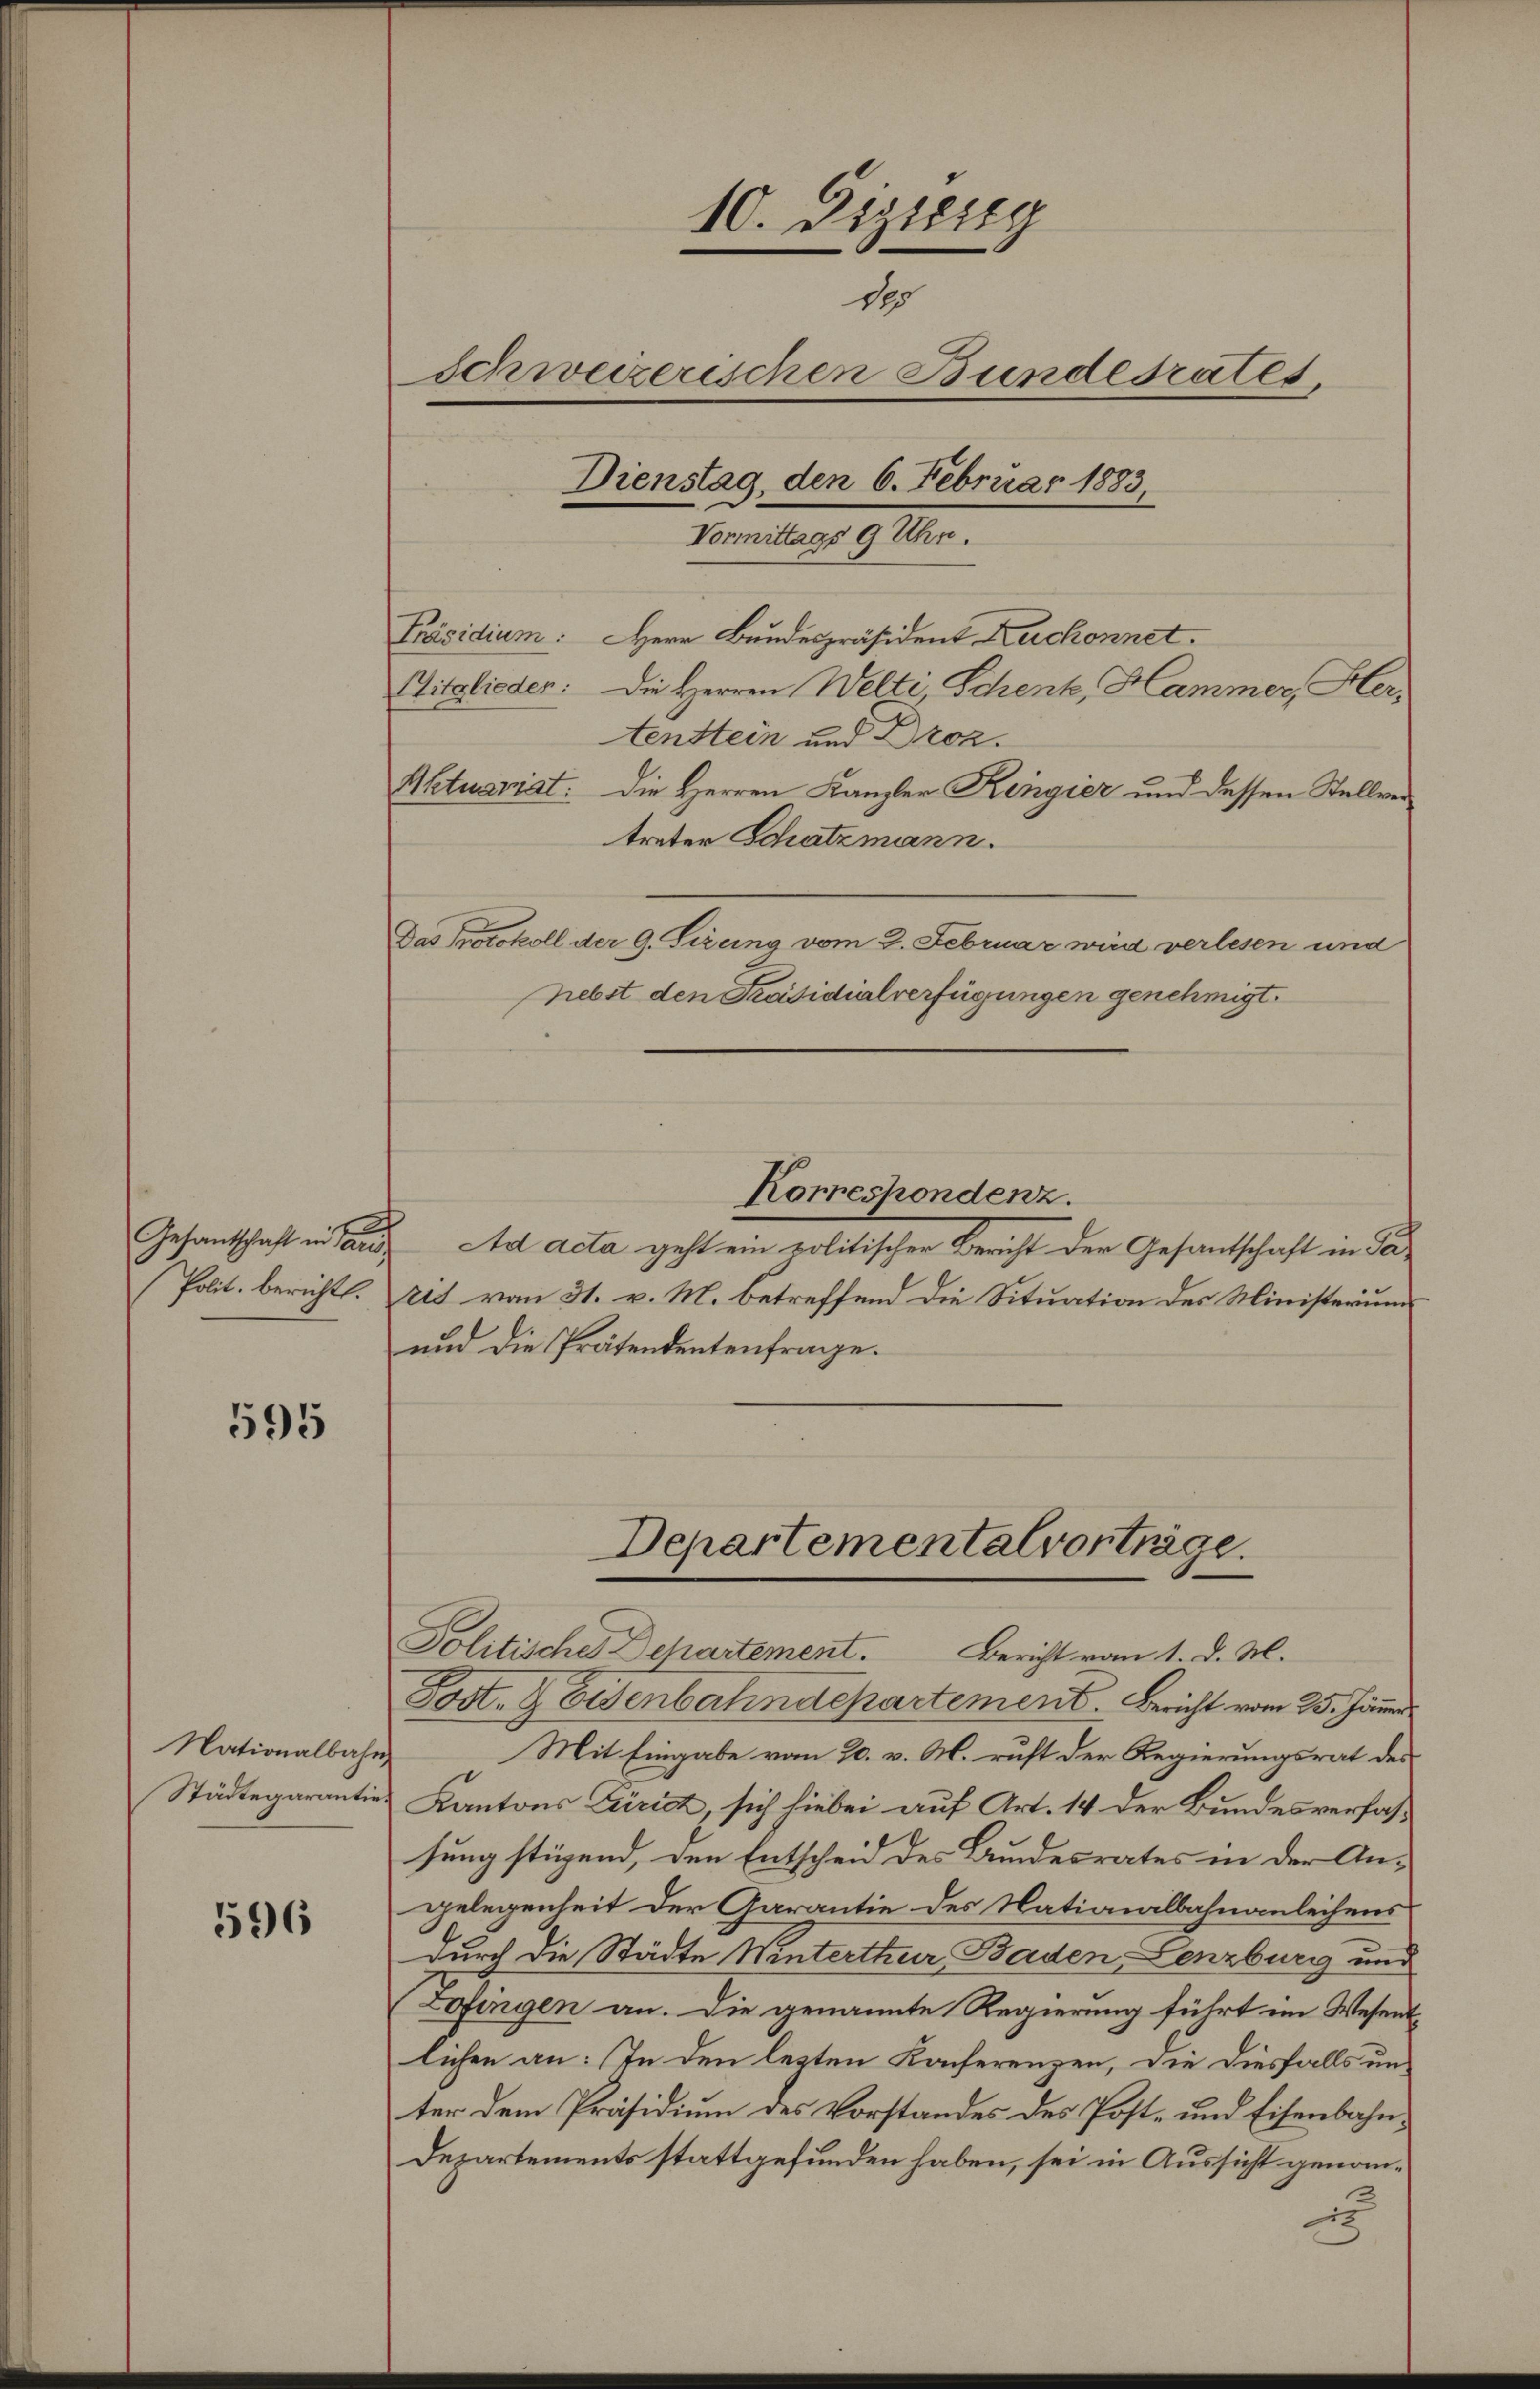
Gesandtschaft in Paris.
Polit. berichtl.

595

Nationalbahn,
Städtegarantie.

596

10. Dizierg
15
Schweizerischen Bundesrates
Dienstag, den 6. Februar 1883
Vormittags 9 Uhr.
Präsidium. Herr Bundespräsident Zuckonnet.
Mitglieder: Die Herren Welti, Schenk, Hammer, Her-
tenstein und Droz.
Aktuariat. Die Herren Kanzler Ringier und dessen Stellvertreter Schatzmann.

Korrespondenz.
Ad acta geht ein politischer Bericht der Gesantschaft in Ta
ris vom 31. v. M. betreffend die Situation des Ministerum
und die Prätendentenfrage.
Departementalvorträge.
Politisches Departement. Bericht vom 1. d. M.
Post- & Eisenbahndepartement. Bericht vom 25. Jänn
Mit Eingabe vom 20. v. M. richt der Regierungsrat des
Kantons Zürich, sich hiebei auf Art. 14 der Bundesverfassung stügend, den Entscheid des Bundesrates in der Angelegenheit der Garantie des Nationalbahnanleihens
durch die Städte Winterthur Baden, Lenzburg und
Zofingen an. Die genannte Regierung führt im Wesens
lichen an: In den lezten Konferenzen, die diesfalls unter dem Präsidium des Vorstandes des Post- und Eisenbahn¬
Departements stattgefunden haben, sei in Aussicht genom¬
22

Das Protokoll der 9. Sirung vom 2. Februar wird verlesen und

hebst den Präsidialverfügungen genehmigt.